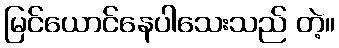
မြင်ယောင်နေပါသေးသည် တဲ့။